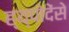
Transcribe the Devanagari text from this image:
ह्य्पोदेंसे